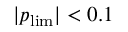
| p _ { \mathrm { l i m } } | < 0 . 1